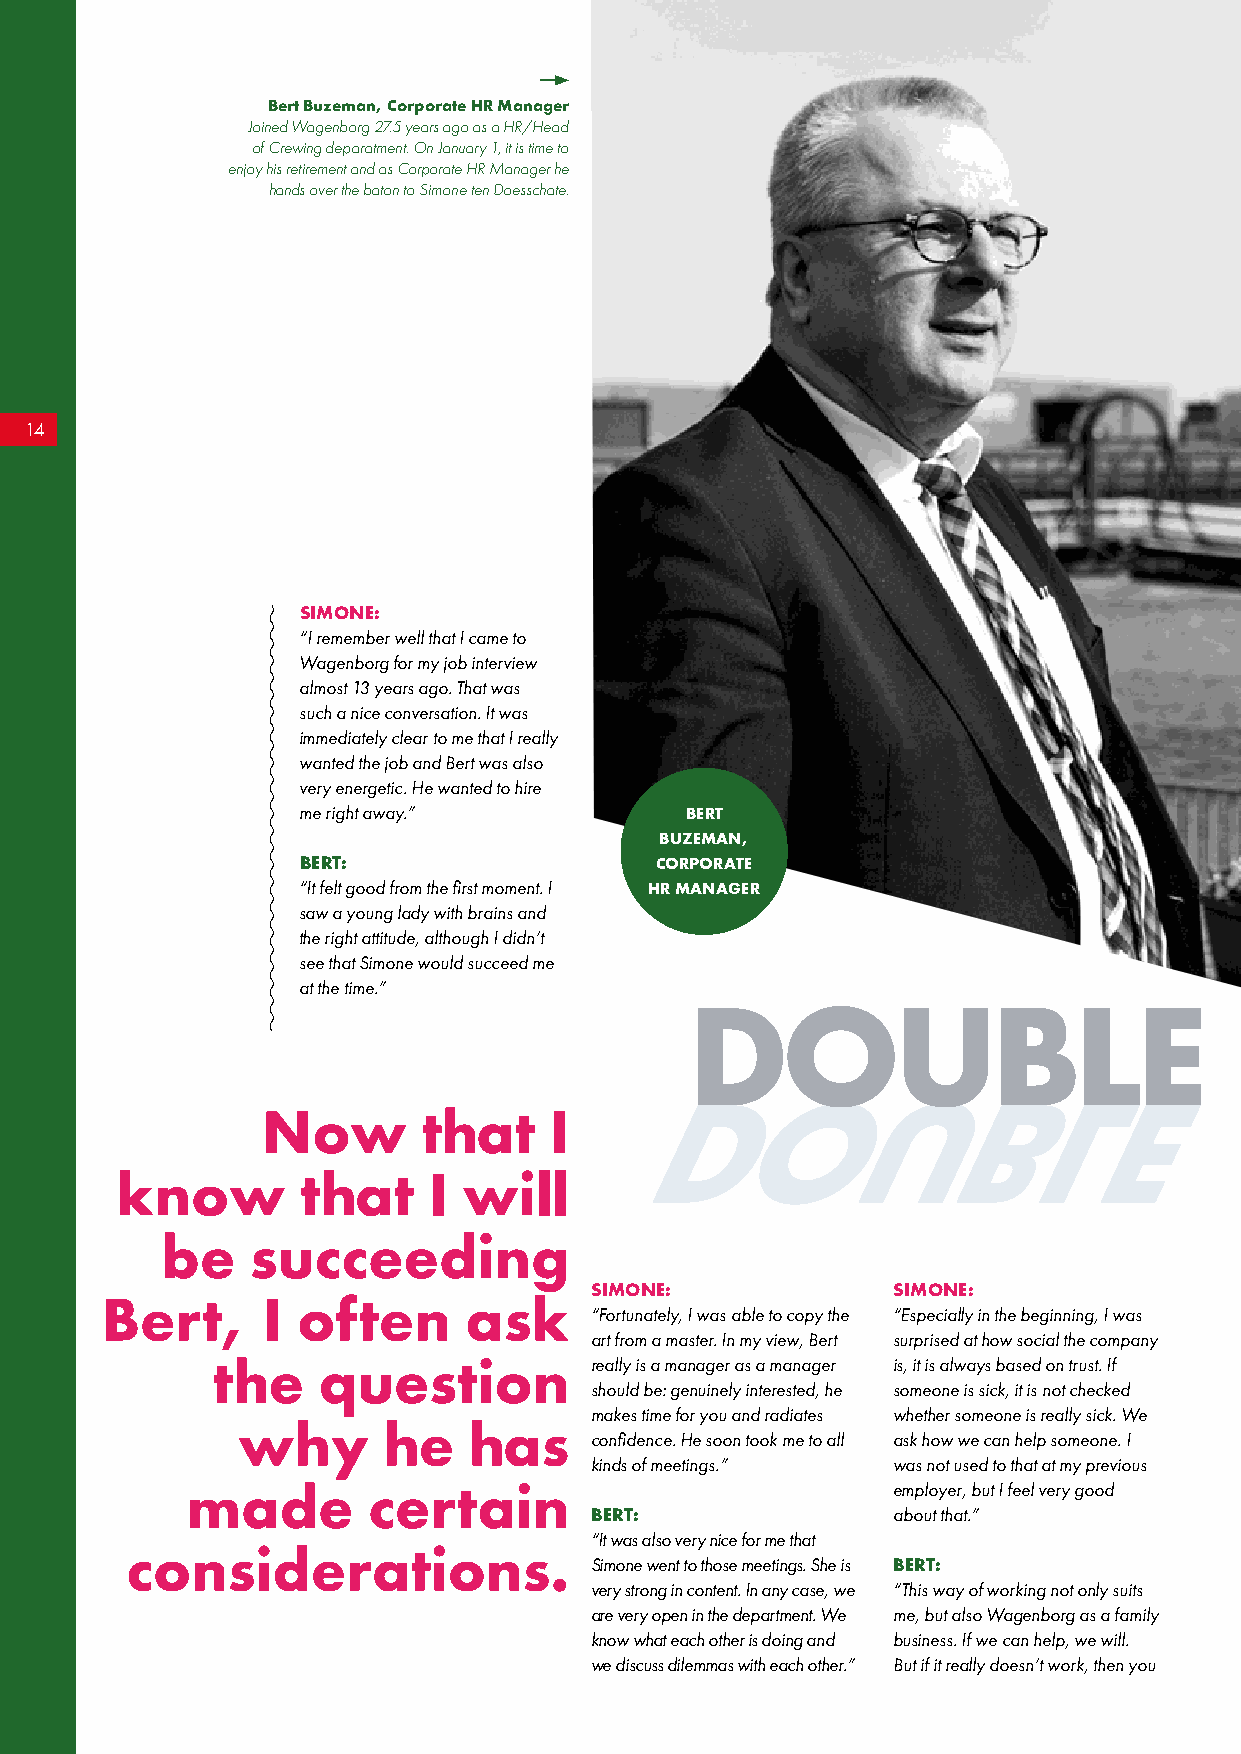
Bert Buzeman, Corporate HR Manager
 Joined Wagenborg 27.5 years ago as a HR/Head
 of Crewing deparatment. On January 1, it is time to
 enjoy his retirement and as Corporate HR Manager he
 hands over the baton to Simone ten Doesschate.
 14
 SIMONE:
 “I remember well that I came to
 Wagenborg for my job interview
 almost 13 years ago. That was
 such a nice conversation. It was
 immediately clear to me that I really
 wanted the job and Bert was also
 very energetic. He wanted to hire
 me right away.”          BERT
 BUZEMAN,
 BERT:                  CORPORATE
 “It felt good from the first moment. I HR MANAGER
 saw a young lady with brains and
 the right attitude, although I didn’t
 see that Simone would succeed me
 at the time.”
 DOUBLE
 Now        that    I
 know        that    I  will
 be    succeeding
 SIMONE:             SIMONE:
 Bert,     I  often      ask
 “Fortunately, I was able to copy the “Especially in the beginning, I was
 art from a master. In my view, Bert surprised at how social the company
 the    question          really is a manager as a manager is, it is always based on trust. If
 should be: genuinely interested, he someone is sick, it is not checked
 makes time for you and radiates whether someone is really sick. We
 why      he    has
 confidence. He soon took me to all ask how we can help someone. I
 kinds of meetings.” was not used to that at my previous
 made        certain                            employer, but I feel very good
 BERT:               about that.”
 “It was also very nice for me that
 considerations.
 Simone went to those meetings. She is BERT:
 very strong in content. In any case, we “This way of working not only suits
 are very open in the department. We me, but also Wagenborg as a family
 know what each other is doing and business. If we can help, we will.
 we discuss dilemmas with each other.” But if it really doesn’t work, then you
 D     O      U      B    L   E